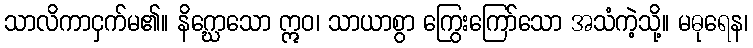
သာလိကာငှက်မ၏။ နိဂ္ဃောသော ဣဝ၊ သာယာစွာ ကြွေးကြော်သော အသံကဲ့သို့။ မဓုရေန၊